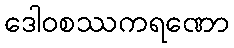
ဒေါဝစဿကရဏော